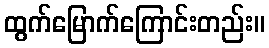
ထွက်မြောက်ကြောင်းတည်း။